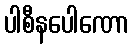
ပါစီနပေါဏော